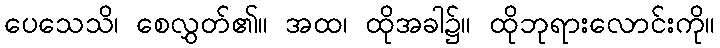
ပေသေသိ၊ စေလွှတ်၏။ အထ၊ ထိုအခါ၌။ ထိုဘုရားလောင်းကို။